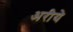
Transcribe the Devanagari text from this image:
अरीये